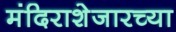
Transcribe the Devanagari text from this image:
मंदिराशेजारच्या